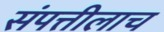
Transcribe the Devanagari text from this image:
संपत्तीलाच